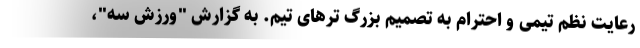
رعایت نظم تیمی و احترام به تصمیم بزرگ ترهای تیم. به گزارش "ورزش سه"،